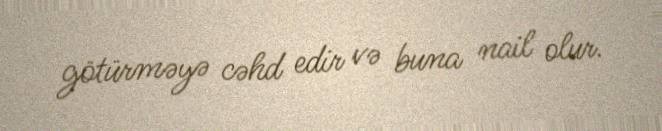
götürməyə cəhd edir və buna nail olur.